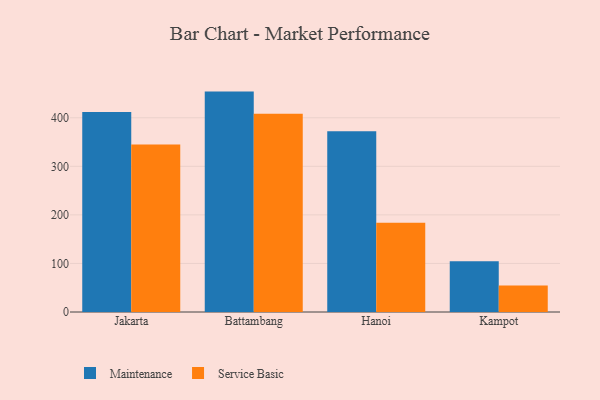
{"axis": {"x": "City", "y": "Humidity (%)"}, "legend": ["Maintenance", "Service Basic"], "data": [{"x": "Jakarta", "y": 412.1, "type": "Maintenance"}, {"x": "Jakarta", "y": 344.8, "type": "Service Basic"}, {"x": "Battambang", "y": 453.9, "type": "Maintenance"}, {"x": "Battambang", "y": 408.1, "type": "Service Basic"}, {"x": "Hanoi", "y": 372.4, "type": "Maintenance"}, {"x": "Hanoi", "y": 184.0, "type": "Service Basic"}, {"x": "Kampot", "y": 104.3, "type": "Maintenance"}, {"x": "Kampot", "y": 54.5, "type": "Service Basic"}]}